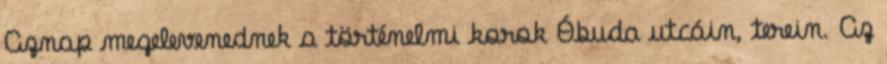
Aznap megelevenednek a történelmi korok Óbuda utcáin, terein. Az